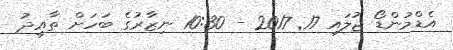
އެޑްމުންޑޯ ޖުލައި 17